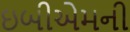
ઇબીએમની